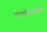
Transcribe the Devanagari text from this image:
कायदेमंडळांनी